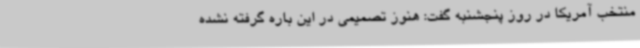
منتخب آمریکا در روز پنجشنبه گفت: هنوز تصمیمی در این باره گرفته نشده